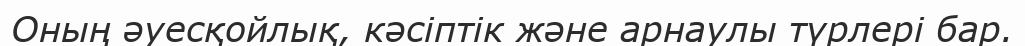
Оның әуесқойлық, кәсіптік және арнаулы түрлері бар.